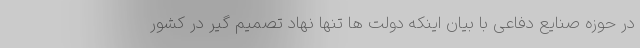
در حوزه صنایع دفاعی با بیان اینکه دولت ها تنها نهاد تصمیم گیر در کشور